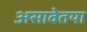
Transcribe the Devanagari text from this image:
असावेतया